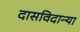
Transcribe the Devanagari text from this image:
दासविदान्या